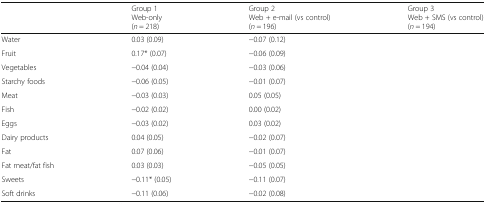
<table><thead><tr><td>[EMPTY_CELL]</td><td><b>Group 1Web-only(<i>n</i> = 218)</b></td><td><b>Group 2Web + e-mail (vs control)(<i>n</i> = 196)</b></td><td><b>Group 3Web + SMS (vs control)(<i>n</i> = 194)</b></td></tr></thead><tbody><tr><td>Water</td><td>0.03 (0.09)</td><td>−0.07 (0.12)</td><td>[EMPTY_CELL]</td></tr><tr><td>Fruit</td><td>0.17* (0.07)</td><td>−0.06 (0.09)</td><td>[EMPTY_CELL]</td></tr><tr><td>Vegetables</td><td>−0.04 (0.04)</td><td>−0.03 (0.06)</td><td>[EMPTY_CELL]</td></tr><tr><td>Starchy foods</td><td>−0.06 (0.05)</td><td>−0.01 (0.07)</td><td>[EMPTY_CELL]</td></tr><tr><td>Meat</td><td>−0.03 (0.03)</td><td>0.05 (0.05)</td><td>[EMPTY_CELL]</td></tr><tr><td>Fish</td><td>−0.02 (0.02)</td><td>0.00 (0.02)</td><td>[EMPTY_CELL]</td></tr><tr><td>Eggs</td><td>−0.03 (0.02)</td><td>0.03 (0.02)</td><td>[EMPTY_CELL]</td></tr><tr><td>Dairy products</td><td>0.04 (0.05)</td><td>−0.02 (0.07)</td><td>[EMPTY_CELL]</td></tr><tr><td>Fat</td><td>0.07 (0.06)</td><td>−0.01 (0.07)</td><td>[EMPTY_CELL]</td></tr><tr><td>Fat meat/fat fish</td><td>0.03 (0.03)</td><td>−0.05 (0.05)</td><td>[EMPTY_CELL]</td></tr><tr><td>Sweets</td><td>−0.11* (0.05)</td><td>−0.11 (0.07)</td><td>[EMPTY_CELL]</td></tr><tr><td>Soft drinks</td><td>−0.11 (0.06)</td><td>−0.02 (0.08)</td><td>[EMPTY_CELL]</td></tr></tbody></table>